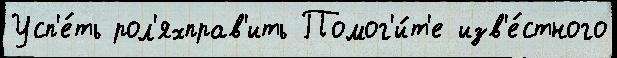
Усп'е́ть рол'яхправ'ить Помог'и́т'е изв'е́стного